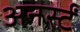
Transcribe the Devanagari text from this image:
अनर्स्टं